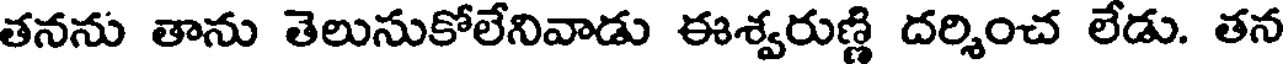
తనను తాను తెలునుకోలేనివాడు ఈశ్వరుణ్ణి దర్శించ లేడు. తన